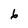
Character: 6